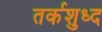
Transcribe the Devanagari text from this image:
तर्कशुध्द